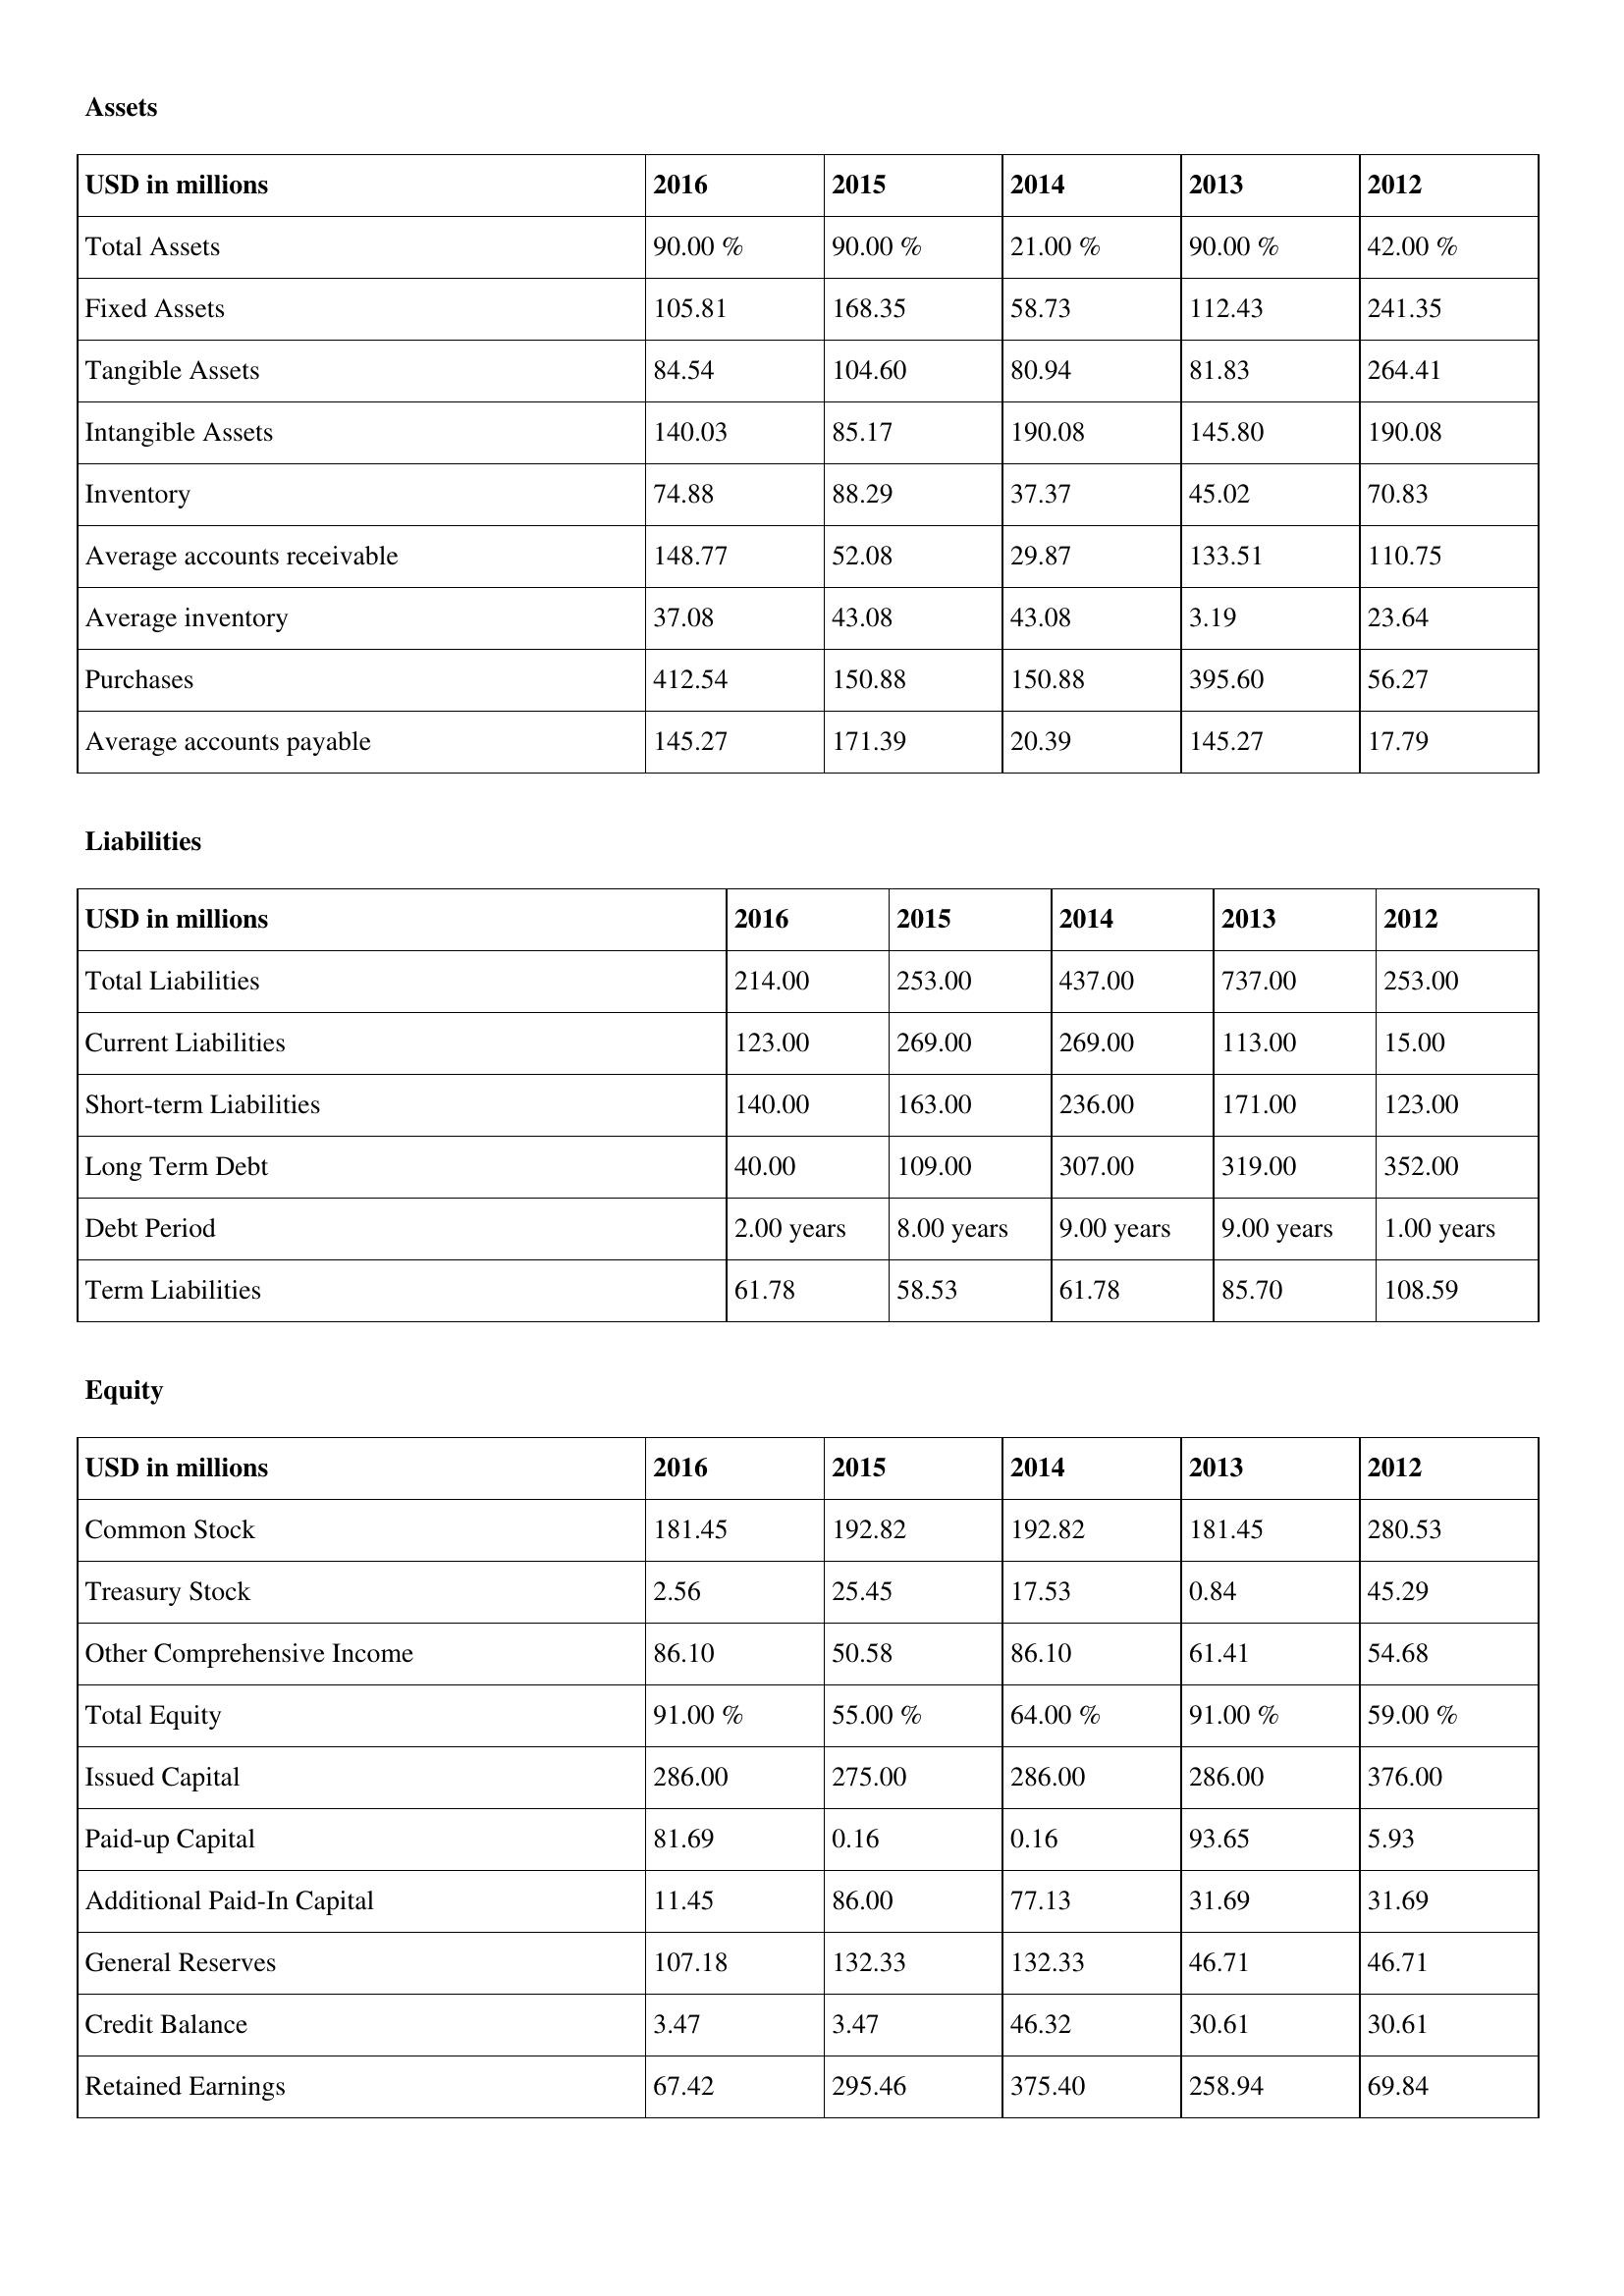
gt_parse: 2016: Assets: Total Assets: 90.00 %
Fixed Assets: 105.81
Tangible Assets: 84.54
Intangible Assets: 140.03
Inventory: 74.88
Average accounts receivable: 148.77
Average inventory: 37.08
Purchases: 412.54
Average accounts payable: 145.27
Liabilities: Total Liabilities: 214.00
Current Liabilities: 123.00
Short-term Liabilities: 140.00
Long Term Debt: 40.00
Debt Period: 2.00 years
Term Liabilities: 61.78
Equity: Common Stock: 181.45
Treasury Stock: 2.56
Other Comprehensive Income: 86.10
Total Equity: 91.00 %
Issued Capital: 286.00
Paid-up Capital: 81.69
Additional Paid-In Capital: 11.45
General Reserves: 107.18
Credit Balance: 3.47
Retained Earnings: 67.42
2015: Assets: Total Assets: 90.00 %
Fixed Assets: 168.35
Tangible Assets: 104.60
Intangible Assets: 85.17
Inventory: 88.29
Average accounts receivable: 52.08
Average inventory: 43.08
Purchases: 150.88
Average accounts payable: 171.39
Liabilities: Total Liabilities: 253.00
Current Liabilities: 269.00
Short-term Liabilities: 163.00
Long Term Debt: 109.00
Debt Period: 8.00 years
Term Liabilities: 58.53
Equity: Common Stock: 192.82
Treasury Stock: 25.45
Other Comprehensive Income: 50.58
Total Equity: 55.00 %
Issued Capital: 275.00
Paid-up Capital: 0.16
Additional Paid-In Capital: 86.00
General Reserves: 132.33
Credit Balance: 3.47
Retained Earnings: 295.46
2014: Assets: Total Assets: 21.00 %
Fixed Assets: 58.73
Tangible Assets: 80.94
Intangible Assets: 190.08
Inventory: 37.37
Average accounts receivable: 29.87
Average inventory: 43.08
Purchases: 150.88
Average accounts payable: 20.39
Liabilities: Total Liabilities: 437.00
Current Liabilities: 269.00
Short-term Liabilities: 236.00
Long Term Debt: 307.00
Debt Period: 9.00 years
Term Liabilities: 61.78
Equity: Common Stock: 192.82
Treasury Stock: 17.53
Other Comprehensive Income: 86.10
Total Equity: 64.00 %
Issued Capital: 286.00
Paid-up Capital: 0.16
Additional Paid-In Capital: 77.13
General Reserves: 132.33
Credit Balance: 46.32
Retained Earnings: 375.40
2013: Assets: Total Assets: 90.00 %
Fixed Assets: 112.43
Tangible Assets: 81.83
Intangible Assets: 145.80
Inventory: 45.02
Average accounts receivable: 133.51
Average inventory: 3.19
Purchases: 395.60
Average accounts payable: 145.27
Liabilities: Total Liabilities: 737.00
Current Liabilities: 113.00
Short-term Liabilities: 171.00
Long Term Debt: 319.00
Debt Period: 9.00 years
Term Liabilities: 85.70
Equity: Common Stock: 181.45
Treasury Stock: 0.84
Other Comprehensive Income: 61.41
Total Equity: 91.00 %
Issued Capital: 286.00
Paid-up Capital: 93.65
Additional Paid-In Capital: 31.69
General Reserves: 46.71
Credit Balance: 30.61
Retained Earnings: 258.94
2012: Assets: Total Assets: 42.00 %
Fixed Assets: 241.35
Tangible Assets: 264.41
Intangible Assets: 190.08
Inventory: 70.83
Average accounts receivable: 110.75
Average inventory: 23.64
Purchases: 56.27
Average accounts payable: 17.79
Liabilities: Total Liabilities: 253.00
Current Liabilities: 15.00
Short-term Liabilities: 123.00
Long Term Debt: 352.00
Debt Period: 1.00 years
Term Liabilities: 108.59
Equity: Common Stock: 280.53
Treasury Stock: 45.29
Other Comprehensive Income: 54.68
Total Equity: 59.00 %
Issued Capital: 376.00
Paid-up Capital: 5.93
Additional Paid-In Capital: 31.69
General Reserves: 46.71
Credit Balance: 30.61
Retained Earnings: 69.84